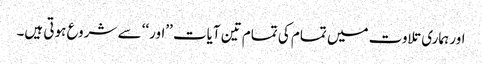
اور ہماری تلاوت میں تمام کی تمام تین آیات ’’اور‘‘ سے شروع ہوتی ہیں۔